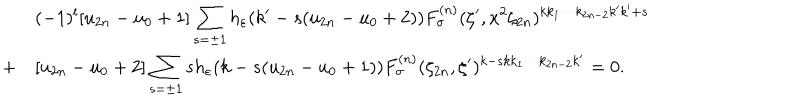
\begin{array} { c l } { { } } & { { ( - 1 ) ^ { l } \mathrm { [ } u _ { 2 n } - u _ { 0 } + 1 \mathrm { ] } \displaystyle \sum _ { s = \pm 1 } h _ { \varepsilon } ( k ^ { \prime } - s ( u _ { 2 n } - u _ { 0 } + 2 ) ) F _ { \sigma } ^ { ( n ) } ( \zeta ^ { \prime } , x ^ { 2 } \zeta _ { 2 n } ) ^ { k k _ { 1 } \cdots k _ { 2 n - 2 } k ^ { \prime } k ^ { \prime } + s } } } \\ { { + } } & { { \mathrm { [ } u _ { 2 n } - u _ { 0 } + 2 \mathrm { ] } \displaystyle \sum _ { s = \pm 1 } s h _ { \varepsilon } ( k - s ( u _ { 2 n } - u _ { 0 } + 1 ) ) F _ { \sigma } ^ { ( n ) } ( \zeta _ { 2 n } , \zeta ^ { \prime } ) ^ { k - s k k _ { 1 } \cdots k _ { 2 n - 2 } k ^ { \prime } } = 0 . } } \\ \end{array}